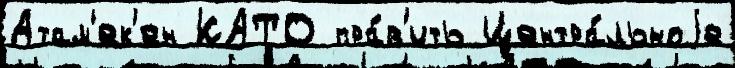
Атам'ек'ен КАТО пра́в'ить Центра́льноjе